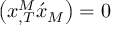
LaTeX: \left( x _ { , T } ^ { M } \acute { x } _ { M } \right) = 0